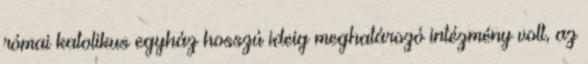
római katolikus egyház hosszú ideig meghatározó intézmény volt, az